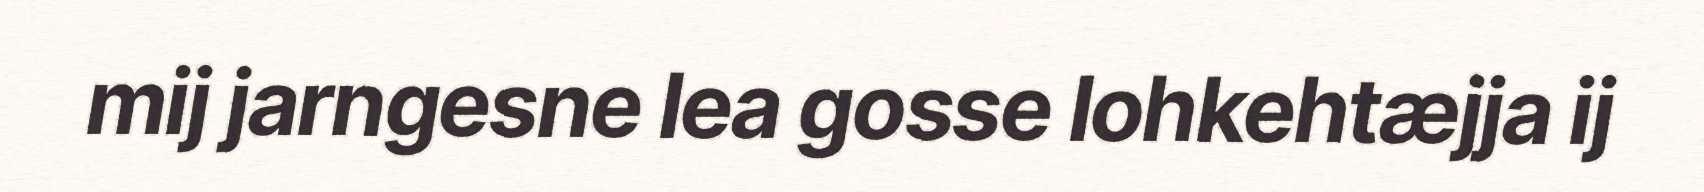
mij jarngesne lea gosse lohkehtæjja ij